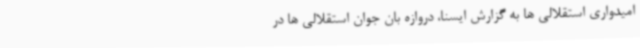
امیدواری استقلالی ها به گزارش ایسنا، دروازه بان جوان استقلالی ها در